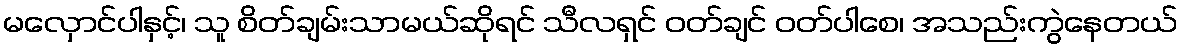
မလှောင်ပါနှင့်၊ သူ စိတ်ချမ်းသာမယ်ဆိုရင် သီလရှင် ဝတ်ချင် ဝတ်ပါစေ၊ အသည်းကွဲနေတယ်